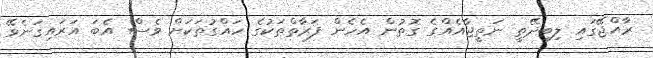
ރާއްޖޭގައި ލިބިދޭތީ ނަތީޖާއެއްގެ ގޮތުން އެހެން ފަރާތްތަކުގެ ހައްގުތަކަށް ވެސް އެބަ އަރައިގަނެވޭ